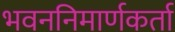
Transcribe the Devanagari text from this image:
भवननिमार्णकर्ता